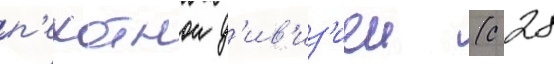
п'ехотнои д'ив'из'иеи (с 28